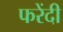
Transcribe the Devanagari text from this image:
फरेंदी